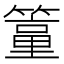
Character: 𥴁